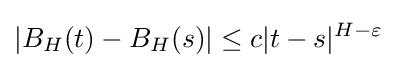
|B_{H}(t)-B_{H}(s)|\leq c|t-s|^{H-\varepsilon }